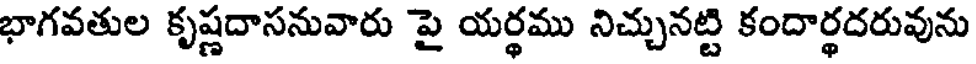
భాగవతుల కృష్ణదాసనువారు పై యర్థము నిచ్చునట్టి కందార్థదరువును